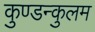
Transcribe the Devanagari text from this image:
कुण्डन्कुलम